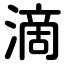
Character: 滴